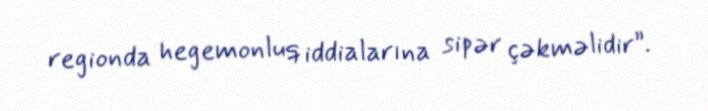
regionda hegemonluq iddialarına sipər çəkməlidir”.